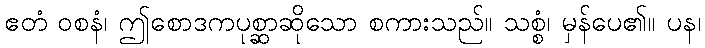
ဧတံ ဝစနံ၊ ဤစောဒကပုစ္ဆာဆိုသော စကားသည်။ သစ္စံ၊ မှန်ပေ၏။ ပန၊